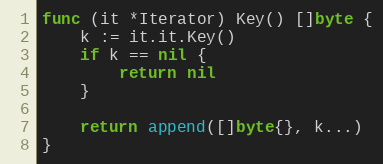
Language: Go
func (it *Iterator) Key() []byte {
	k := it.it.Key()
	if k == nil {
		return nil
	}

	return append([]byte{}, k...)
}